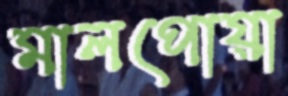
মালপোয়া